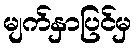
မျက်နှာပြင်မှ